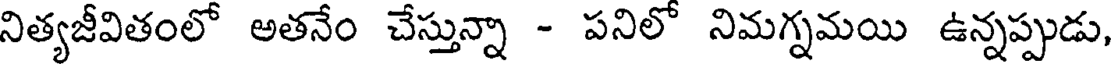
నిత్యజీవితంలో అతనేం చేస్తున్నా - పనిలో నిమగ్నమయి ఉన్నప్పుడు,